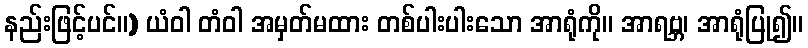
နည်းဖြင့်ပင်။) ယံဝါ တံဝါ အမှတ်မထား တစ်ပါးပါးသော အာရုံကို။ အာရဗ္ဘ၊ အာရုံပြု၍။